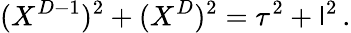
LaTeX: (X^{D-1})^{2}+(X^{D})^{2}=\tau^{2}+\mathsf{l}^{2}\, .